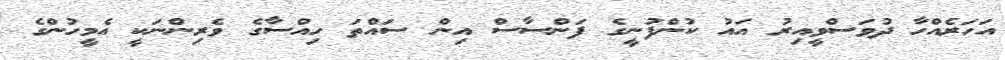
އަހަރެއްހާ ދުވަސްވީއިރު އައު ކުންފުނީގެ ފަންސާސް އިން ސައްތަ ހިއްސާގެ ވެރިންނަކީ އެމީހުންގެ